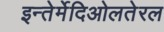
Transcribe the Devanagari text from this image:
इन्तेर्मेदिओलतेरल